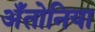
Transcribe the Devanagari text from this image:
अँतोनिया